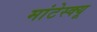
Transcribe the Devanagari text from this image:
मांटेस्क्यू